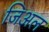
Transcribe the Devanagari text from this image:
जिअल